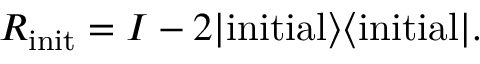
R _ { \mathrm { i n i t } } = I - 2 | \mathrm { i n i t i a l } \rangle \langle \mathrm { i n i t i a l } | .